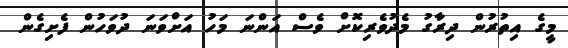
މީގެ އިތުރުން ދިރާގު މެދުވެރިކޮށް ވެސް އަންނަ މަހު އަށްވަނަ ދުވަހުން ފެށިގެން